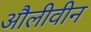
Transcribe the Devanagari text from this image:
औलीवीन